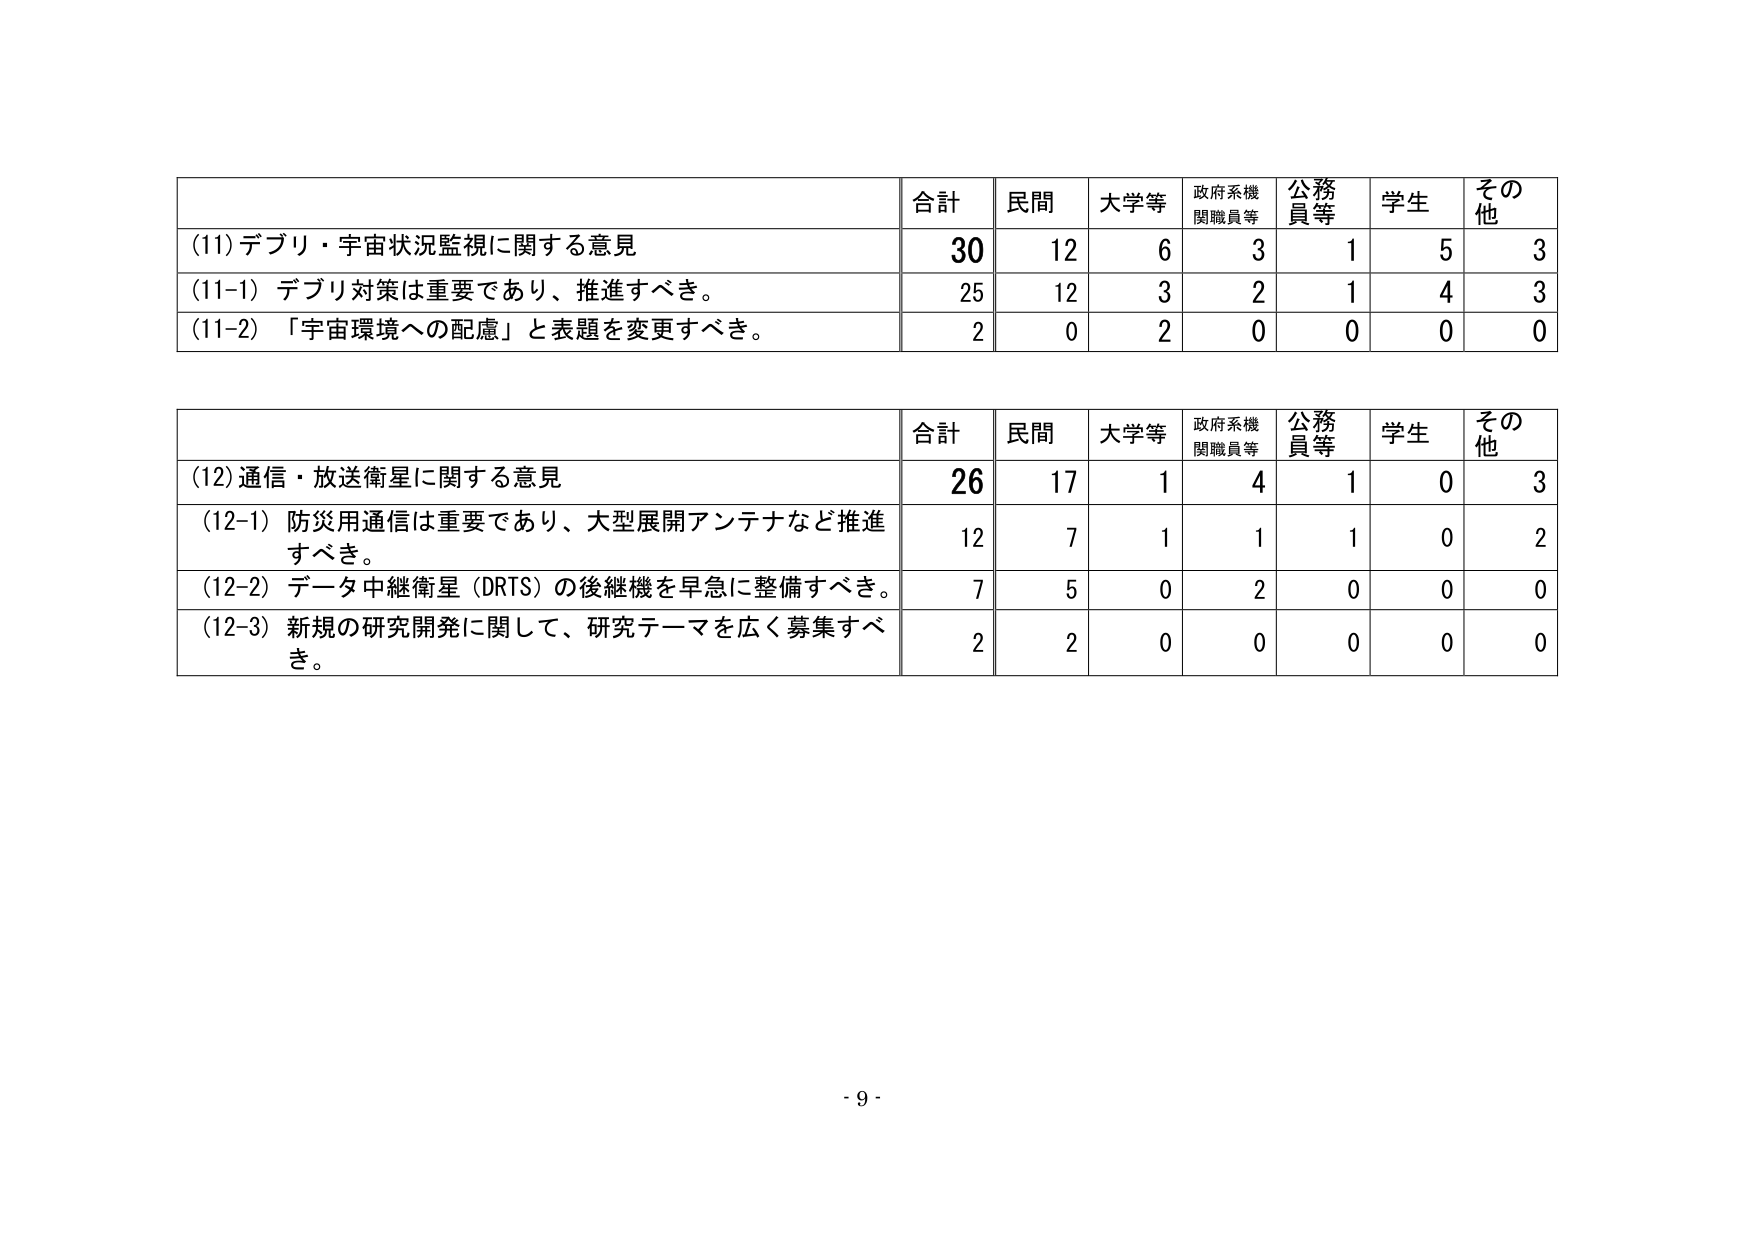
(11) デブリ・宇宙状況監視に関する意見
合計 30
民間 12
大学等 6
政府系機関職員等 3
公務員等 1
学生 5
その他 3

(11-1) デブリ対策は重要であり、推進すべき。
25 12 3 2 1 4 3

(11-2) 「宇宙環境への配慮」と表題を変更すべき。
2 0 2 0 0 0 0

(12) 通信・放送衛星に関する意見
合計 26
民間 17
大学等 1
政府系機関職員等 4
公務員等 1
学生 0
その他 3

(12-1) 防災用通信は重要であり、大型展開アンテナなど推進すべき。
12 7 1 1 1 0 2

(12-2) データ中継衛星（DRTS）の後継機を早急に整備すべき。
7 5 0 2 0 0 0

(12-3) 新規の研究開発に関して、研究テーマを広く募集すべき。
2 2 0 0 0 0 0

- 9 -